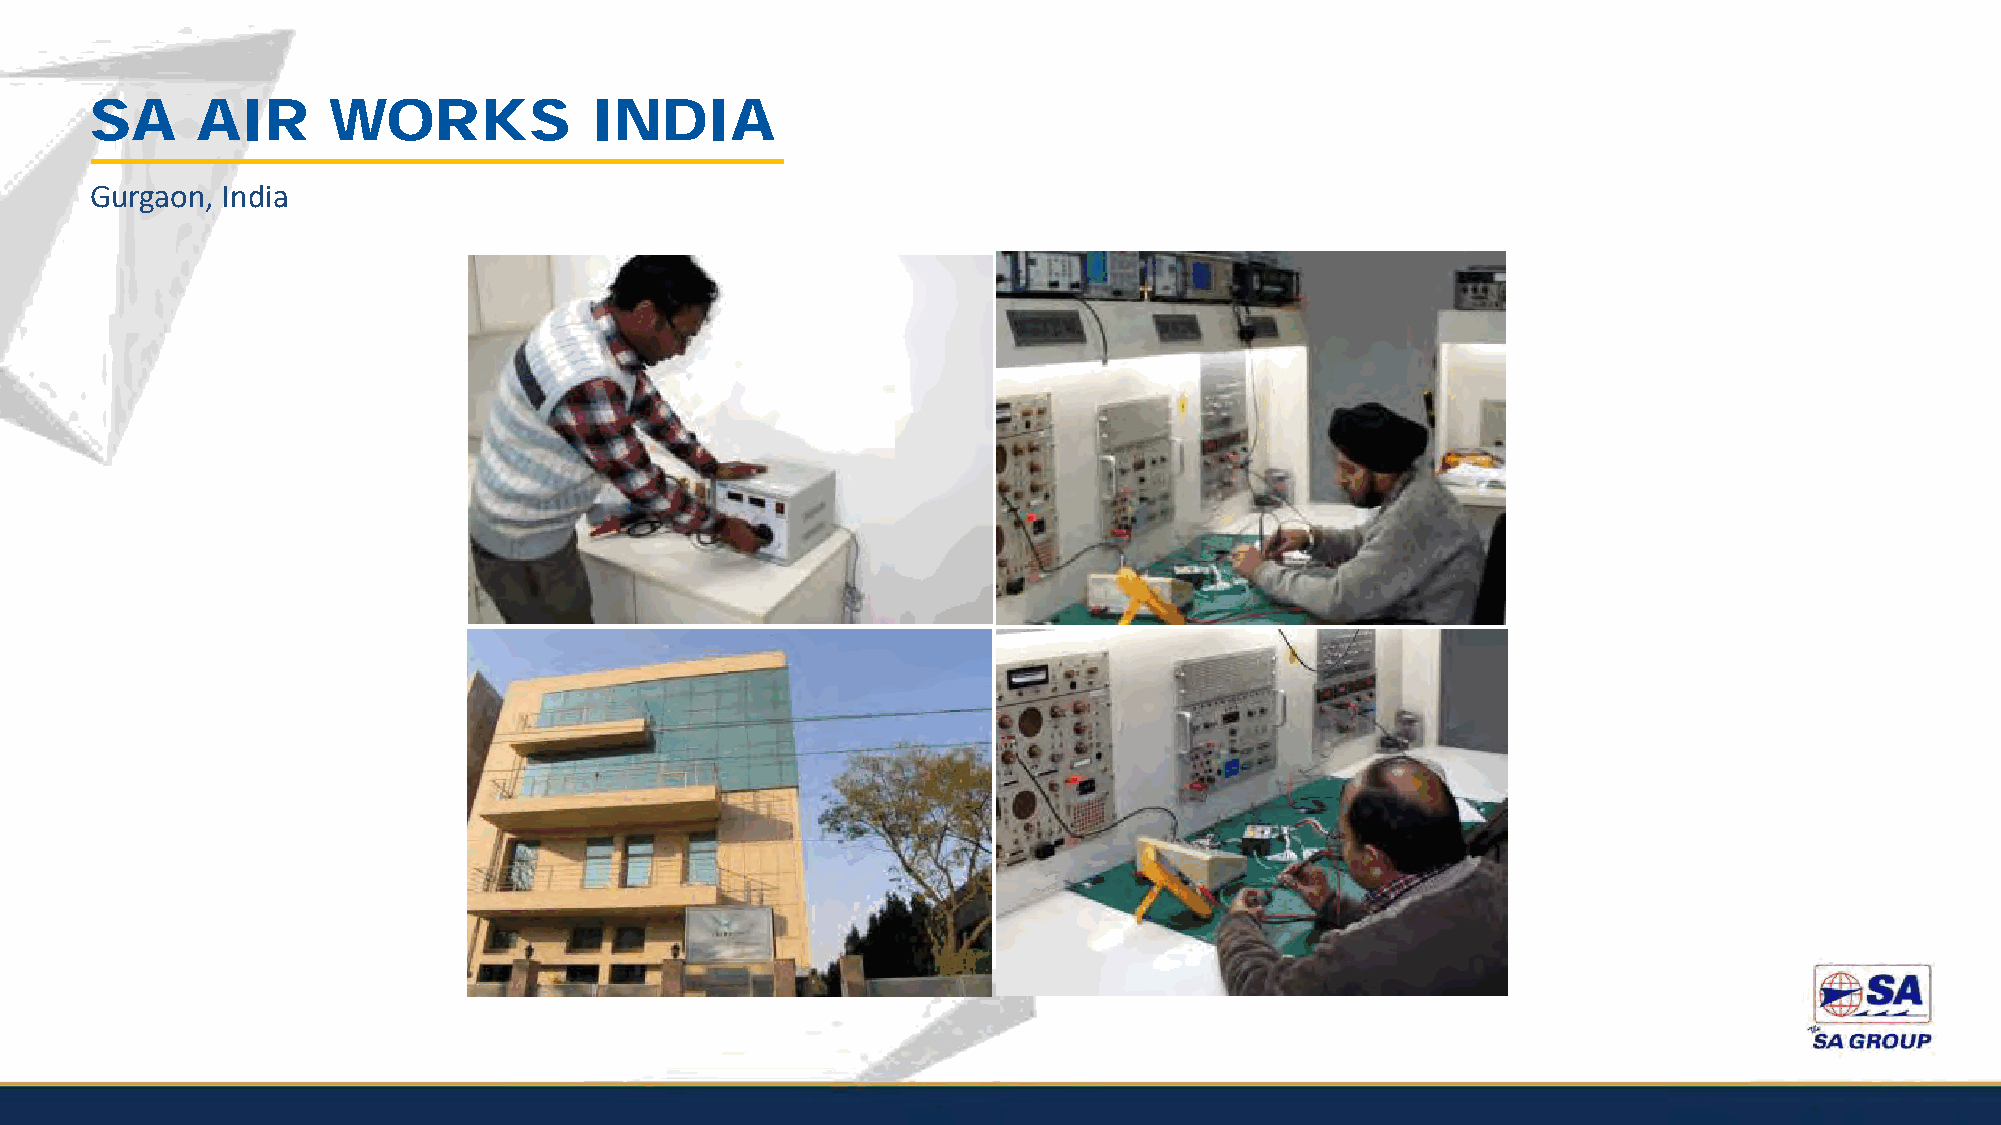
SA     AIR      WORKS            INDIA
 Gurgaon, India